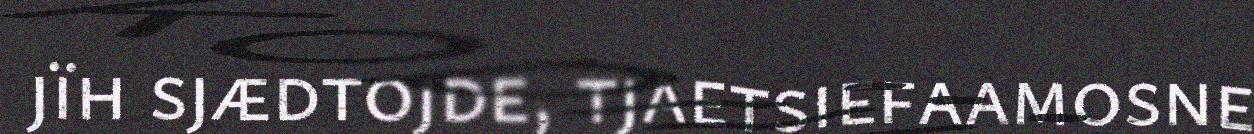
jïh sjædtojde, tjaetsiefaamosne